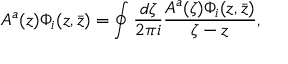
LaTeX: A ^ { a } ( z ) \Phi _ { i } ( z , \bar { z } ) = \oint { \frac { d \zeta } { 2 \pi i } } { \frac { A ^ { a } ( \zeta ) \Phi _ { i } ( z , \bar { z } ) } { \zeta - z } } ,